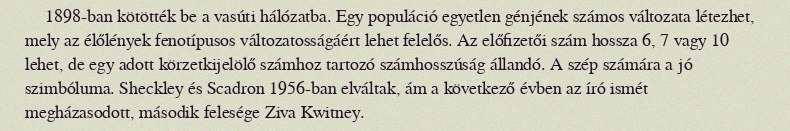
1898-ban kötötték be a vasúti hálózatba. Egy populáció egyetlen génjének számos változata létezhet, mely az élőlények fenotípusos változatosságáért lehet felelős. Az előfizetői szám hossza 6, 7 vagy 10 lehet, de egy adott körzetkijelölő számhoz tartozó számhosszúság állandó. A szép számára a jó szimbóluma. Sheckley és Scadron 1956-ban elváltak, ám a következő évben az író ismét megházasodott, második felesége Ziva Kwitney.